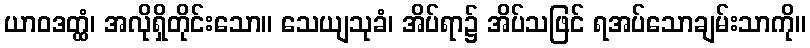
ယာဝဒတ္ထံ၊ အလိုရှိတိုင်းသော။ သေယျသုခံ၊ အိပ်ရာ၌ အိပ်သဖြင် ရအပ်သောချမ်းသာကို။